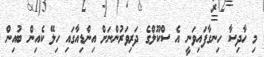
މި ހާދިސާ ހިނގާފައިވަނީ އެ ސްކޫލްގެ ދަރިވަރުންނަށް އިންޑިއާގައި ހިލޭ ކެއިން ބުއިން